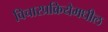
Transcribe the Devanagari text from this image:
विचारप्रक्रियेमधील